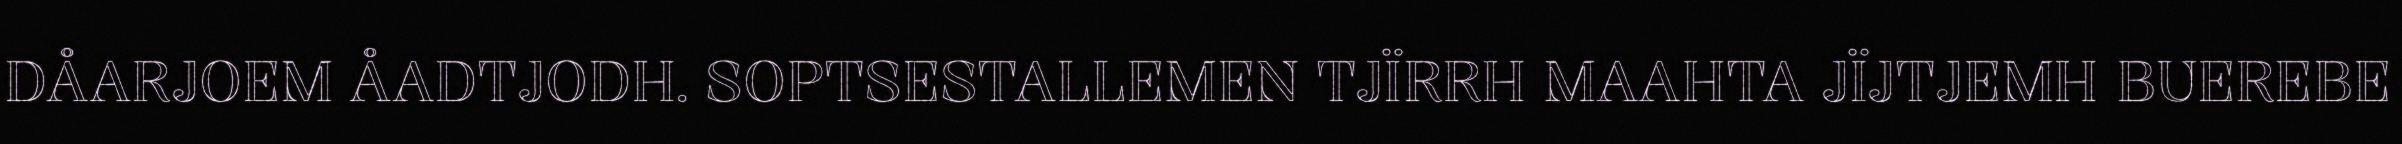
DÅARJOEM ÅADTJODH. SOPTSESTALLEMEN TJÏRRH MAAHTA JÏJTJEMH BUEREBE